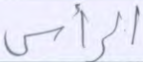
الرأس